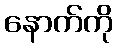
နောက်ကို